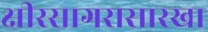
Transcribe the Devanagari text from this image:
क्षीरसागरासारखा